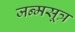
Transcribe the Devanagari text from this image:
जन्मसूत्र